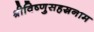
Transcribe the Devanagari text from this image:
श्रीविष्णुसहस्रनाम